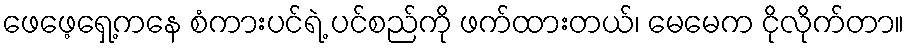
ဖေဖေ့ရှေ့ကနေ စံကားပင်ရဲ့ ပင်စည်ကို ဖက်ထားတယ်၊ မေမေက ငိုလိုက်တာ။